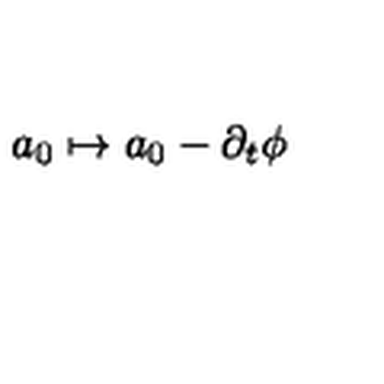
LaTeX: a _ { 0 } \mapsto a _ { 0 } - \partial _ { t } \phi